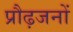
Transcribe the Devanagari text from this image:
प्रौढ़जनों